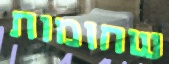
שחומות